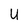
Character: U